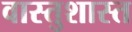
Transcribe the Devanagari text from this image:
वास्तुशास्त